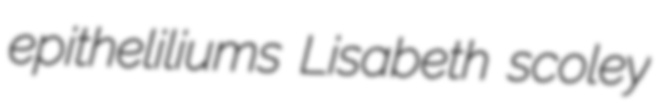
epitheliliums Lisabeth scoley